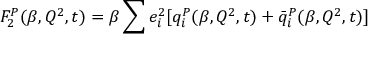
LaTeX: F _ { 2 } ^ { P } ( \beta , Q ^ { 2 } , t ) = \beta \sum e _ { i } ^ { 2 } [ q _ { i } ^ { P } ( \beta , Q ^ { 2 } , t ) + \bar { q } _ { i } ^ { P } ( \beta , Q ^ { 2 } , t ) ]